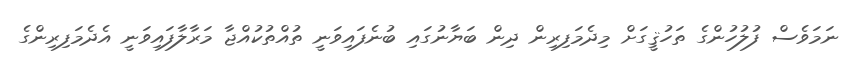
ނަމަވެސް ފުލުހުންގެ ތަހުޤީގަށް މިދެމަފިރިން ދިން ބަޔާނުގައި ބުނެފައިވަނީ ތުއްތުކުއްޖާ މަރާލާފައިވަނީ އެދެމަފިރިންގެ